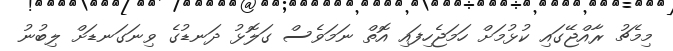
މިމެޗު ރާއްޖޭގައި ކުޅުމަށް ހަމަޖެހިފައި އޮތް ނަމަވެސް ގަލޮޅު ދަނޑުގެ ވިނަގަނޑަށް ލިބުނު